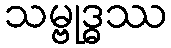
သမ္ဗုဒ္ဓဿ